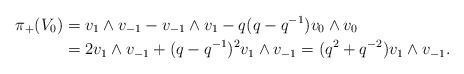
LaTeX: \begin{align*}\pi_+(V_0) & = v_1 \wedge v_{-1} - v_{-1} \wedge v_1 - q (q - q^{-1}) v_0 \wedge v_0 \\ & = 2 v_1 \wedge v_{-1} + (q - q^{-1})^2 v_1 \wedge v_{-1} = (q^2 + q^{-2}) v_1 \wedge v_{-1}.\end{align*}